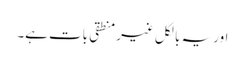
اور یہ بالکل غیر منطقی بات ہے۔